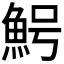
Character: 𱆩